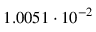
1 . 0 0 5 1 \cdot 1 0 ^ { - 2 }